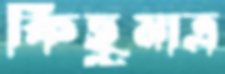
কিছুমাত্র